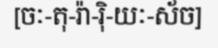
[ចៈ-តុ-រ៉ា-រ៉ិ-យៈ-ស័ច]